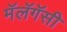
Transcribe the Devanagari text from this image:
मॅलॅगॅसी